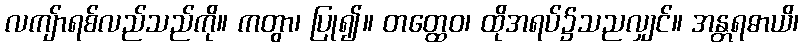
လကျ်ာရစ်လည်သည်ကို။ ကတွာ၊ ပြု၍။ တတ္ထေဝ၊ ထိုအရပ်၌သညလျှင်။ အန္တရဓာယိ၊